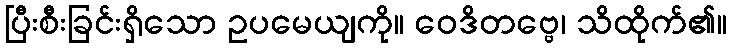
ပြီးစီးခြင်းရှိသော ဥပမေယျကို။ ဝေဒိတဗ္ဗေ၊ သိထိုက်၏။